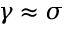
\gamma \approx \sigma